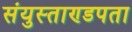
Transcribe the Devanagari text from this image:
संयुस्ताण्डपता